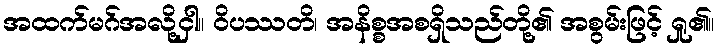
အထက်မဂ်အလို့ငှါ။ ဝိပဿတိ၊ အနိစ္စအစရှိသည်တို့၏ အစွမ်းဖြင့် ရှု၏။